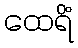
ထေရိံ